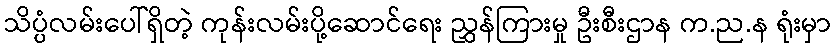
သိပ္ပံလမ်းပေါ်ရှိတဲ့ ကုန်းလမ်းပို့ဆောင်ရေး ညွှန်ကြားမှု ဦးစီးဌာန က.ည.န ရုံးမှာ